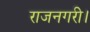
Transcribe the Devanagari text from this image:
राजनगरी।